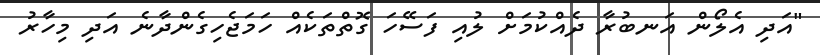
"އަދި އެލޯން އަނބުރާ ދެއްކުމަށް ލުއި ފަސޭހަ ގޮތްތަކެއް ހަމަޖެހިގެންދާނެ އަދި މިހާރު